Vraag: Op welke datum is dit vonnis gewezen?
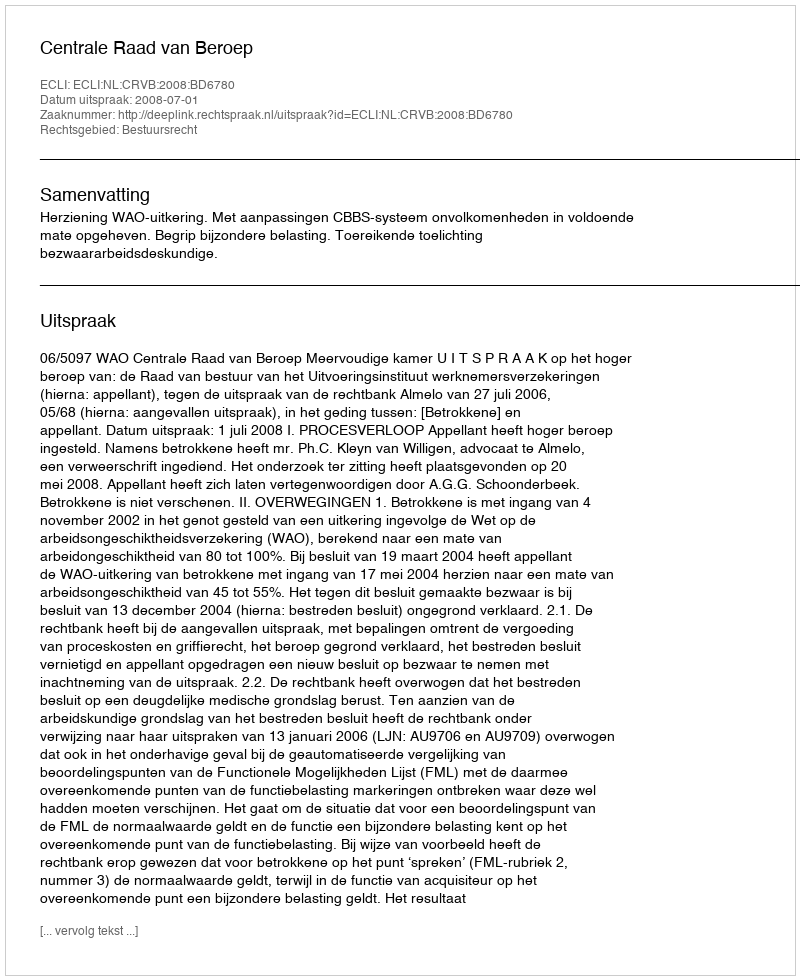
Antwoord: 2008-07-01